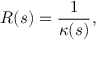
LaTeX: R ( s ) = { \frac { 1 } { \kappa ( s ) } } ,